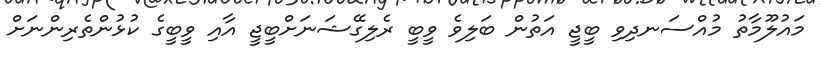
މައުލޫމާތު މުއްސަނދިވި ބީޖީ އަތުން ބަލިވެ ވީބީ ރެލިގޭޝަނަށްބީޖީ އާއި ވީބީގެ ކުޅުންތެރިންނަށް